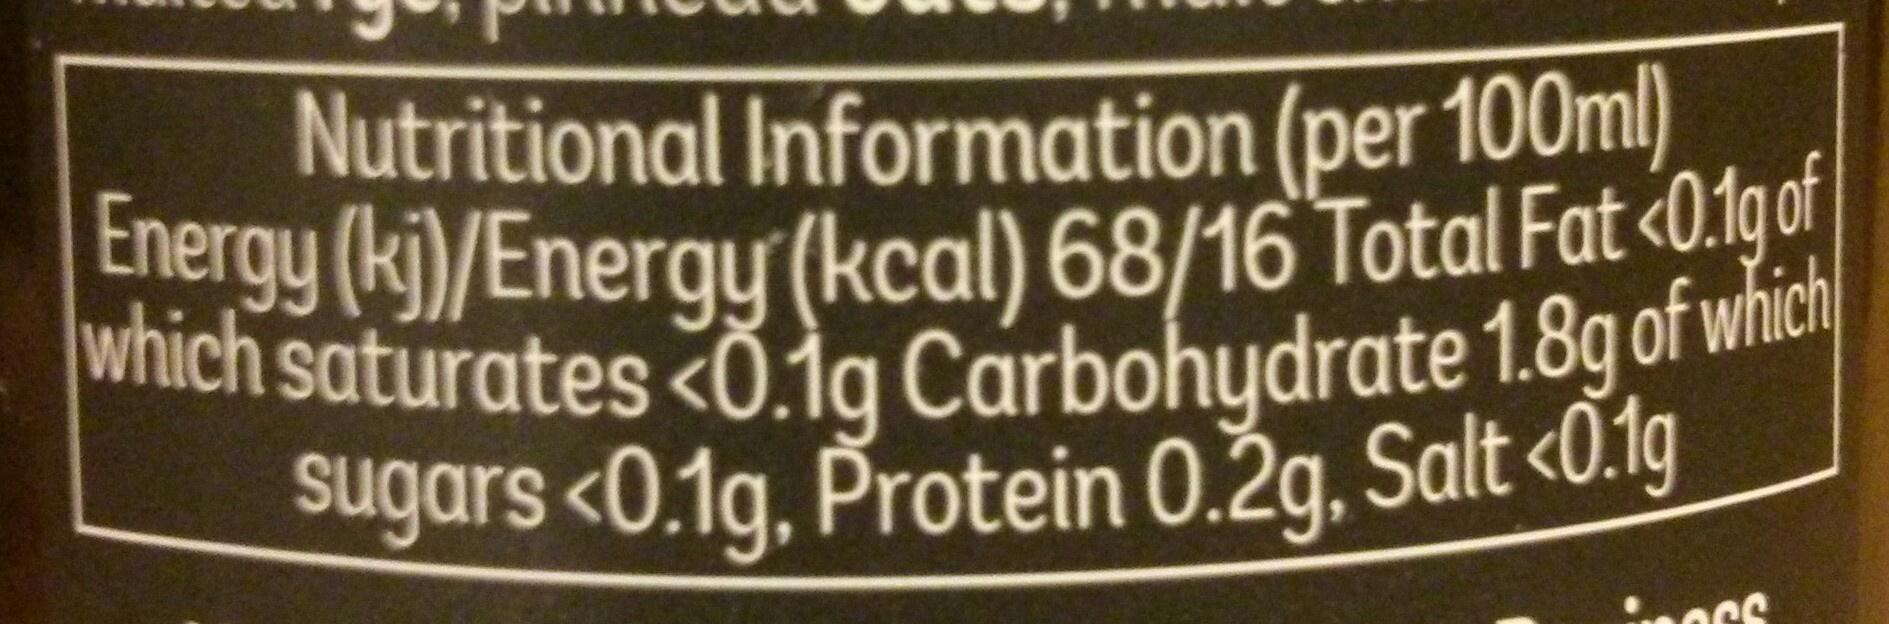
Nutritional Information (per 100ml) Energy (kj)/Energy (kcal) 68/16 Total Fat <0.1gof which saturates <Õ:jg Carbohydrate 1.8g or Wie sugars <0.1g, Protein 0.2g. Salt <Õ.1g